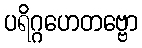
ပရိဂ္ဂဟေတဗ္ဗော